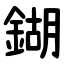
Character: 鍸